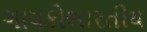
ગાયકોભારતીય